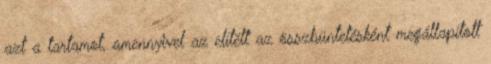
azt a tartamot, amennyivel az elítélt az összbüntetésként megállapított